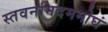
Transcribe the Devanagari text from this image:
स्तवनमिदममोघं